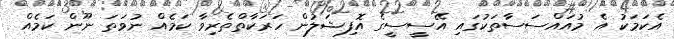
އެކަމަކު އެ މުއައްސަސާތަކުގައި އޭސީސީގެ އޮފިޝަލުން ހަރަކާތްތެރިވާ ކަމެއް ނުވަތަ ނޫން ކަމެއް